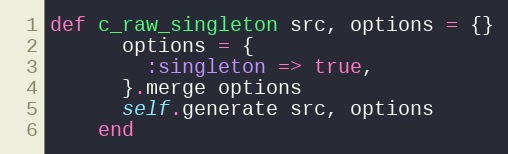
Language: Ruby
def c_raw_singleton src, options = {}
      options = {
        :singleton => true,
      }.merge options
      self.generate src, options
    end